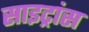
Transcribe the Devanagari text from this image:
साइट्रांस